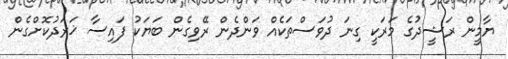
ޔާމީން ރަޝީދުގެ މަރަކީ ގިނަ ދުވަސްތަކެއް ވަންދެން ރޭވިގެން ބަޔަކު ފައިސާ ޚަރަދުކޮށްގެން